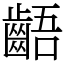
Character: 齬